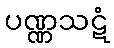
ပဏ္ဏသဋံ